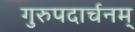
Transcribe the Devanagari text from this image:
गुरुपदार्चनम्